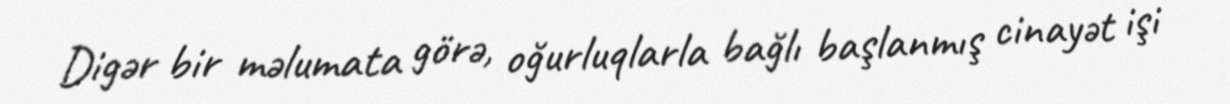
Digər bir məlumata görə, oğurluqlarla bağlı başlanmış cinayət işi